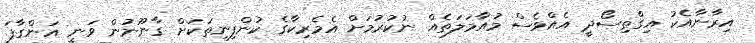
އިރާނާއެކު އިގްތިސޯދީ އެއްވެސް މުއާމަލަތެއް ނުކުރުމަށް އެމެރިކާގެ ކުންފިނިތަކަށް ގާނޫނުން ވަނީ އަންގާފަ